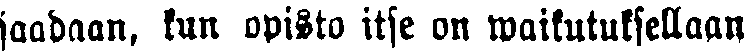
saadaan, kun opisto itse on waikutuksellaan